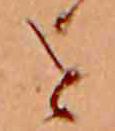
を